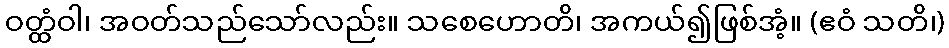
ဝတ္ထံဝါ၊ အဝတ်သည်သော်လည်း။ သစေဟောတိ၊ အကယ်၍ဖြစ်အံ့။ (ဧဝံ သတိ၊)